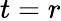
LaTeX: t=r